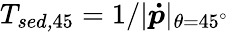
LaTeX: T_{\textit{sed,}45}=1/|\boldsymbol{\dot{p}}|_{\theta=45^{\circ}}